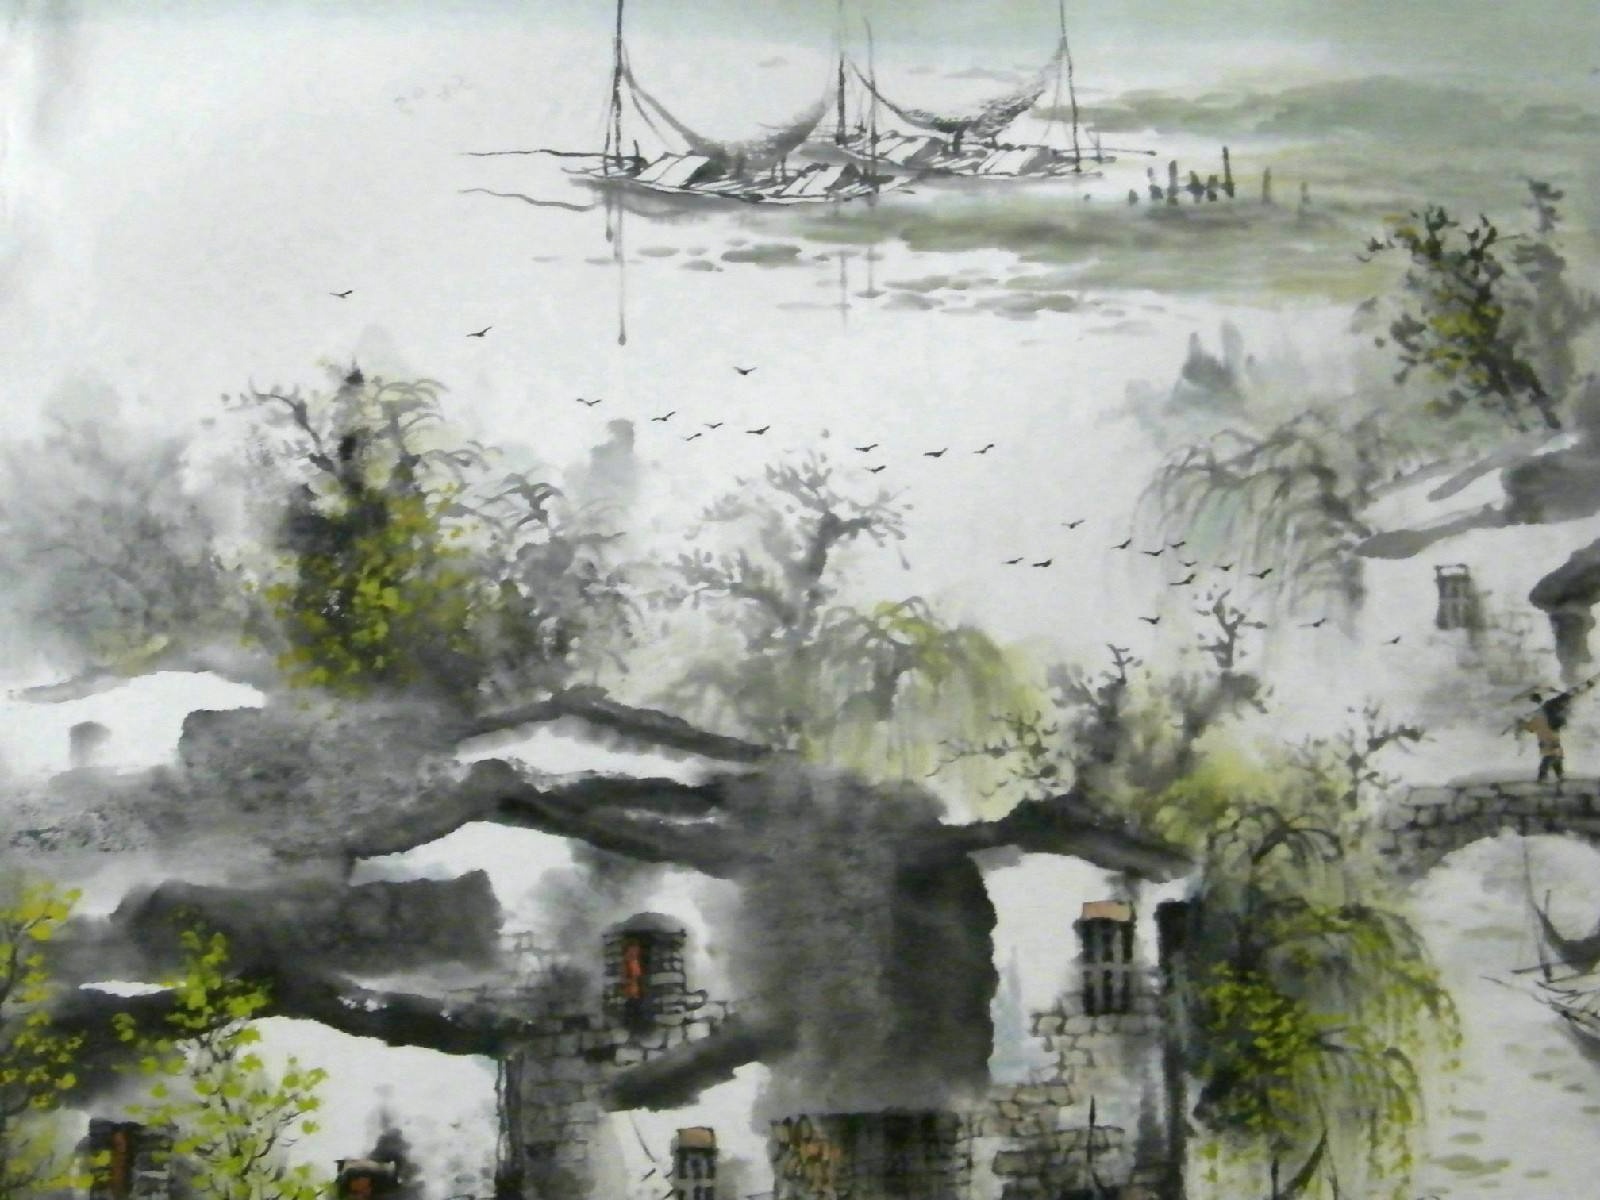
试上超然台上看，半壕春水一城花。